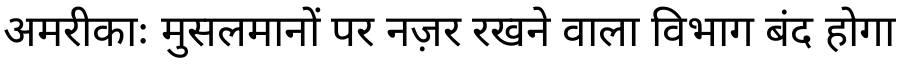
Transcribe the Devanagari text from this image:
अमरीकाः मुसलमानों पर नज़र रखने वाला विभाग बंद होगा